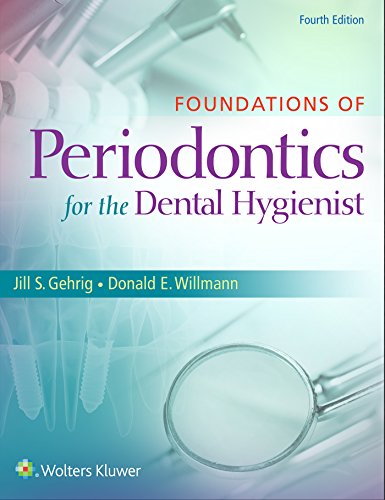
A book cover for Foundations of Periodontics for the Dental Hygienist; Jill S. Gehrig RDH  MA; Medical Books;